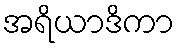
အရိယာဒိကာ